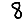
Digit: 8